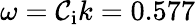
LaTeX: \omega=\mathcal{C}_{\mathrm{{i}}}k=0.577